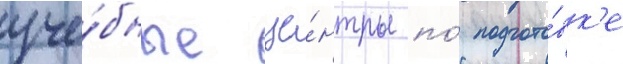
уче́бные це́нтры по́ подгото́вк'е